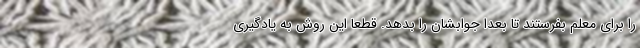
را برای معلم بفرستند تا بعدا جوابشان را بدهد. قطعا این روش به یادگیری